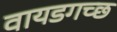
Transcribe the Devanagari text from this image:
वायडगच्छ